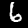
Label: 6